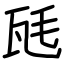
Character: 瓱